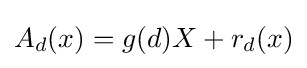
A_{d}(x)=g(d)X+r_{d}(x)